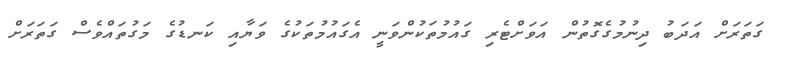
ގަތަރަށް އަދަބު ދިނުމުގެގޮތުން އަވަށްޓެރި ގައުމުތަކުންވަނީ އެގައުމުތަކުގެ ވަޔާއި ކަނޑުގެ މަގުތައްވެސް ގަތަރަށް